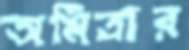
অমিত্রার